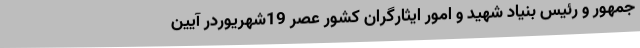
جمهور و رئیس بنیاد شهید و امور ایثارگران کشور عصر 19شهریوردر آیین